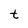
Character: t